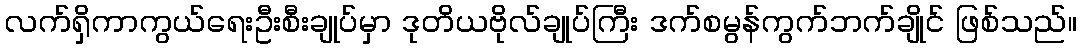
လက်ရှိကာကွယ်ရေးဦးစီးချုပ်မှာ ဒုတိယဗိုလ်ချုပ်ကြီး ဒက်စမွန်ကွက်ဘက်ချိုင် ဖြစ်သည်။